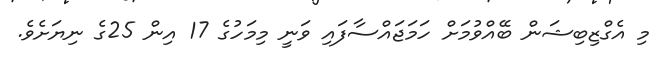
މި އެގްޒިބިޝަން ބޭއްވުމަށް ހަމަޖައްސާފައި ވަނީ މިމަހުގެ 17 އިން 25ގެ ނިޔަށެވެ.